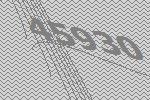
45930